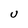
Character: U